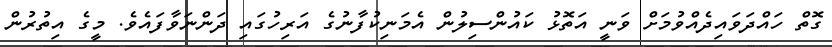
ގޮތް ހައްދަަވައިދެއްވުމަށް ވަނީ އަތޮޅު ކައުންސިލުން އެމަނިކުފާނުގެ އަރިހުގައި ދަންނަވާފައެވެ. މީގެ އިތުރުން